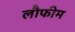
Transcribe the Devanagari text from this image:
लौफीम